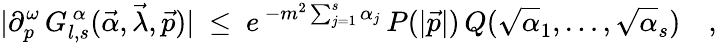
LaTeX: \vert\partial_{p}^{\omega}\, G_{l,s}^{\, \alpha}(\vec{\alpha},\vec{\lambda},\vec{p})\vert\ \leq\ e^{\, -m^{2}\sum_{j=1}^{s}\alpha_{j}}\, P(\vert\vec{p}\vert)\, Q(\sqrt\alpha_{1},\ldots,\sqrt\alpha_{s})\quad,